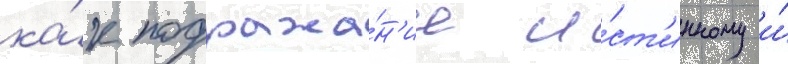
ка́к подража́н'ие и́ст'инному и́